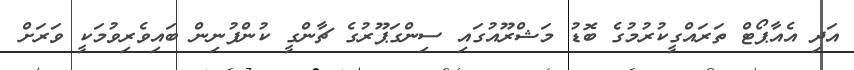
އަދި އެއާޕޯޓް ތަރައްގީކުރުމުގެ ބޮޑު މަޝްރޫއުގައި ސިންގަޕޫރުގެ ޗާންގީ ކުންފުނިން ބައިވެރިވުމަކީ ވަރަށް